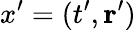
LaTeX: x^{\prime}=(t^{\prime},\mathbf{r}^{\prime})